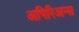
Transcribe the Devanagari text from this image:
अपिरिअन्स